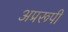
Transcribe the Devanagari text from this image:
अप्ररूपी